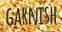
GARNISH